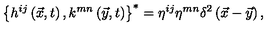
\left\{ h ^ { i j } \left( \vec { x } , t \right) , k ^ { m n } \left( \vec { y } , t \right) \right\} ^ { * } = \eta ^ { i j } \eta ^ { m n } \delta ^ { 2 } \left( \vec { x } - \vec { y } \right) ,